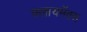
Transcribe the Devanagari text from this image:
क्लायमॅक्स